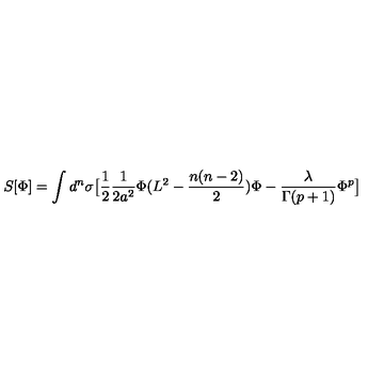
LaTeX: S [ \Phi ] = \int d ^ { n } \sigma \big [ \frac { 1 } { 2 } \frac { 1 } { 2 a ^ { 2 } } \Phi ( L ^ { 2 } - \frac { n ( n - 2 ) } { 2 } ) \Phi - \frac { \lambda } { \Gamma ( p + 1 ) } \Phi ^ { p } \big ]